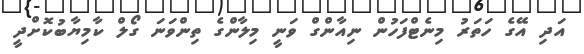
އަދި އޭގެ ހަތަރު މިނެޓްފަހުން ނިއާންގް ވަނީ މިލާންގެ ތިންވަނަ ގޯލް ކާމިޔާބުކޮށްދީ